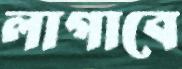
লাগাবে